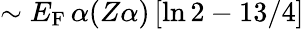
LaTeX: \sim E_{\mathrm{F}}\, \alpha(Z\alpha)\left[\ln 2-13/4\right]